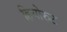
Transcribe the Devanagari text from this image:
हियोरुट